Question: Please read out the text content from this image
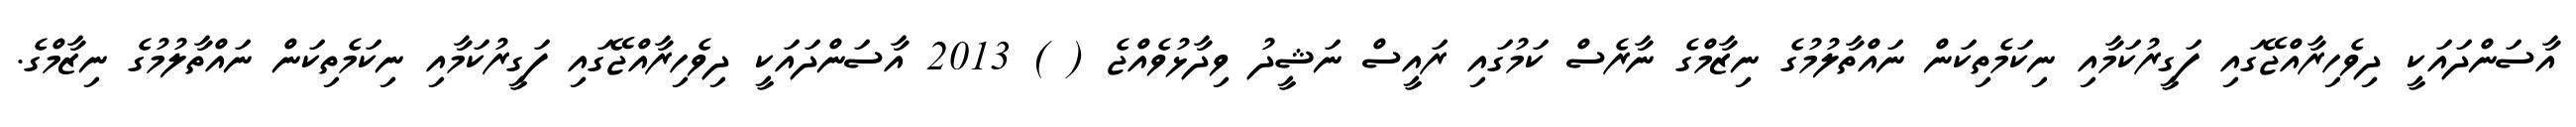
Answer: އާސަންދައަކީ ދިވެހިރާއްޖޭގައި ފަގީރުކަމާއި ނިކަމެތިކަން ނައްތާލުމުގެ ނިޒާމްގެ ނާރެސް ކަމުގައި ރައީސް ނަޝީދު ވިދާޅުވެއްޖެ ( ) 2013 އާސަންދައަކީ ދިވެހިރާއްޖޭގައި ފަގީރުކަމާއި ނިކަމެތިކަން ނައްތާލުމުގެ ނިޒާމްގެ.